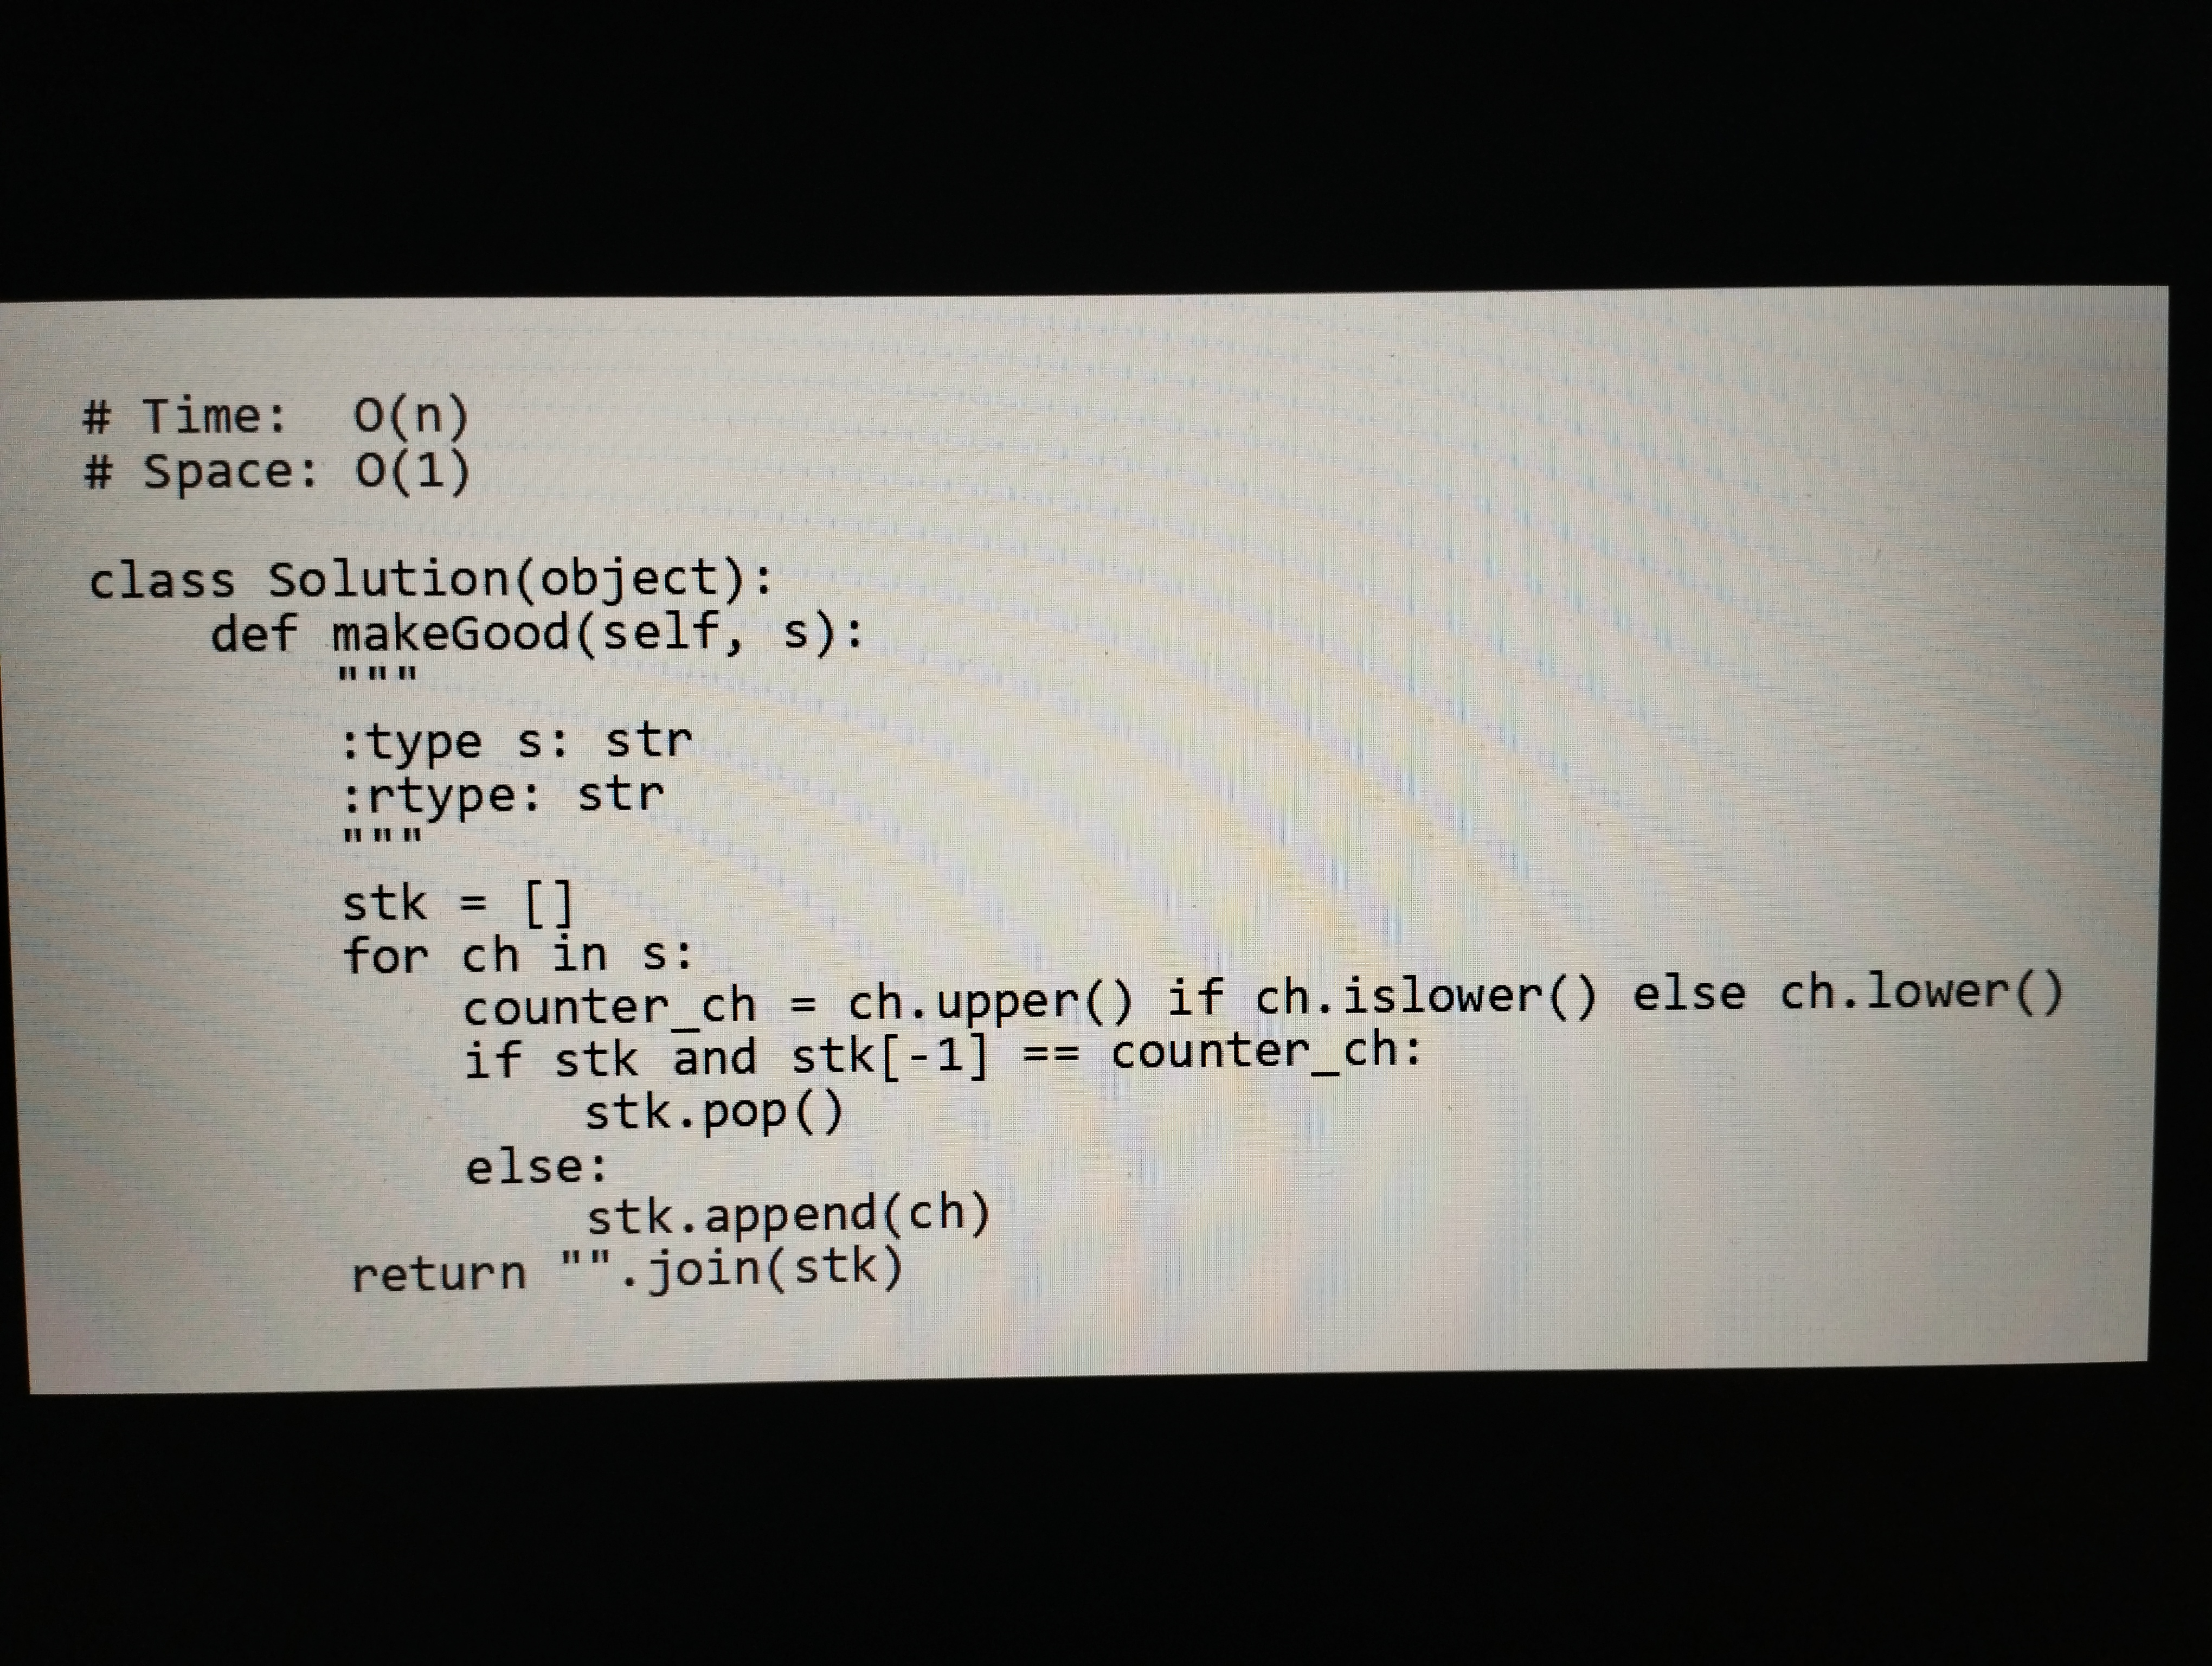
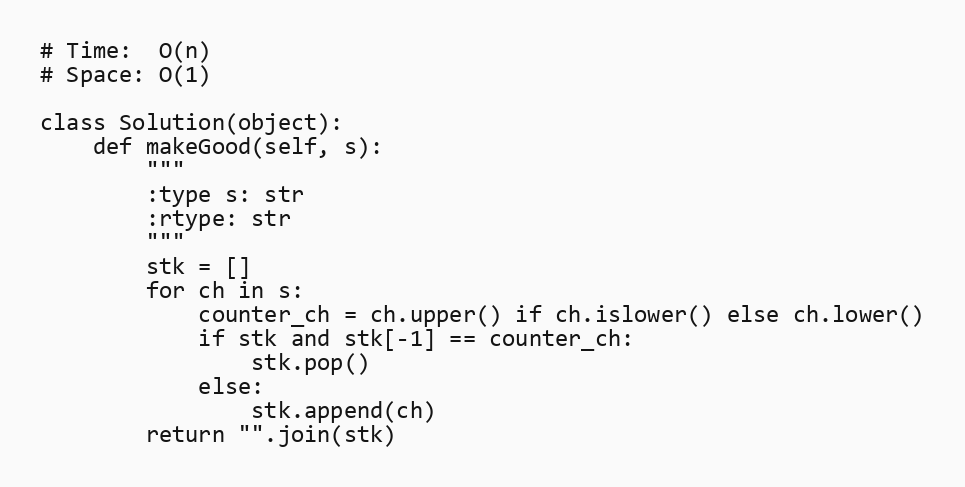
# Time:  O(n)
# Space: O(1)

class Solution(object):
    def makeGood(self, s):
        """
        :type s: str
        :rtype: str
        """
        stk = []
        for ch in s:
            counter_ch = ch.upper() if ch.islower() else ch.lower()
            if stk and stk[-1] == counter_ch:
                stk.pop()
            else:
                stk.append(ch)
        return "".join(stk)